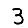
Digit: 3